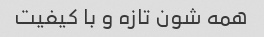
همه شون تازه و با کیفیت